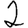
Digit: 2